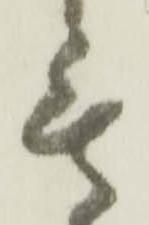
無